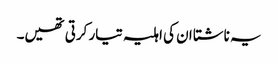
یہ ناشتا ان کی اہلیہ تیار کرتی تھیں۔